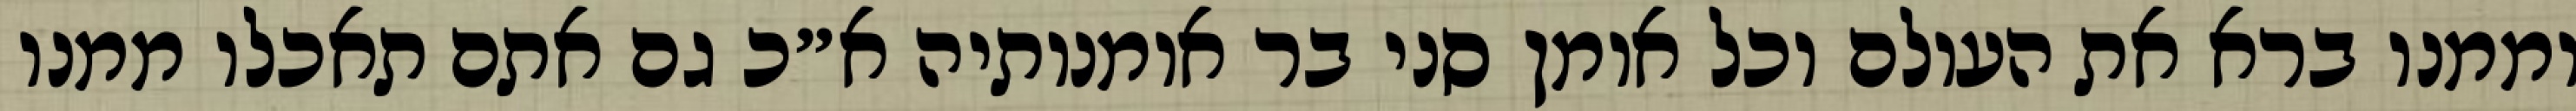
וממנו ברא את העולם וכל אומן סני בר אומנותיה א״כ גם אתם תאכלו ממנו